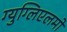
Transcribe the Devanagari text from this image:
ग्युग्लिएलमो